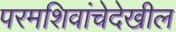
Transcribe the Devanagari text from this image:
परमशिवांचेदेखील